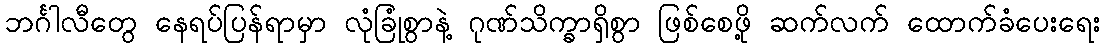
ဘင်္ဂါလီတွေ နေရပ်ပြန်ရာမှာ လုံခြုံစွာနဲ့ ဂုဏ်သိက္ခာရှိစွာ ဖြစ်စေဖို့ ဆက်လက် ထောက်ခံပေးရေး